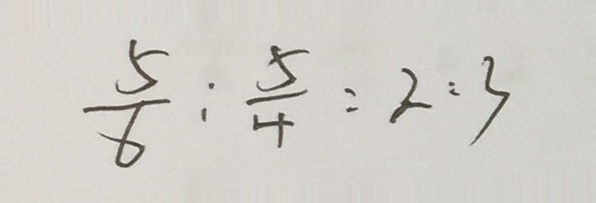
\frac { 5 } { 6 } : \frac { 5 } { 4 } = 2 : 3